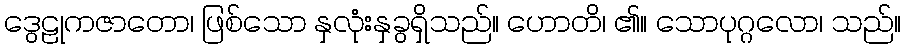
ဒွေဠုကဇာတော၊ ဖြစ်သော နှလုံးနှခွရှိသည်။ ဟောတိ၊ ၏။ သောပုဂ္ဂလော၊ သည်။